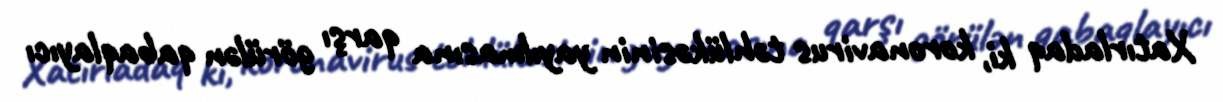
Xatırladaq ki, koronavirus təhlükəsinin yayılmasına qarşı görülən qabaqlayıcı